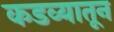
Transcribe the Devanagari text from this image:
कडव्यातून